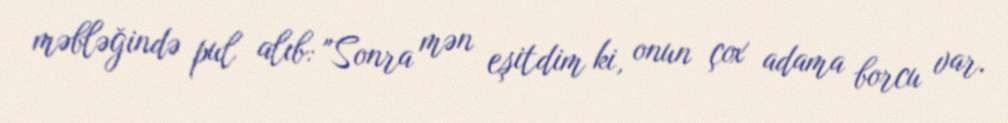
məbləğində pul alıb: "Sonra mən eşitdim ki, onun çox adama borcu var.